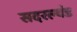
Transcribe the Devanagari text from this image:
सदरल्यंड